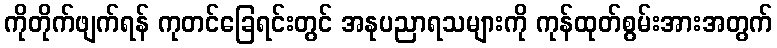
ကိုတိုက်ဖျက်ရန် ကုတင်ခြေရင်းတွင် အနုပညာရသများကို ကုန်ထုတ်စွမ်းအားအတွက်